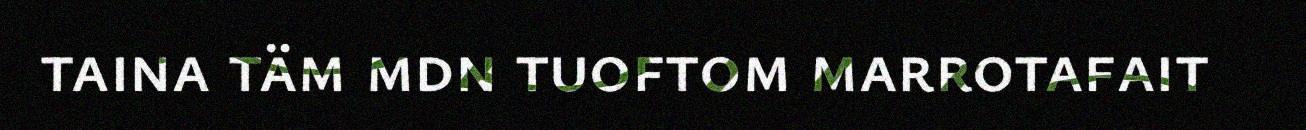
taina täm mdn tuoftom marrotafait